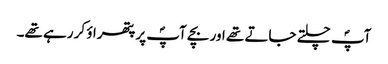
آپؐ چلتے جاتے تھے اور بچے آپؐ پر پتھراؤ کر رہے تھے۔